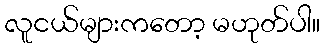
လူငယ်များကတော့ မဟုတ်ပါ။